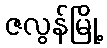
ဇလွန်မြို့